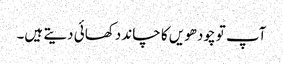
آپ تو چودھویں کا چاند دکھائی دیتے ہیں۔